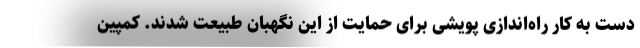
دست به کار راه‌اندازی پویشی برای حمایت از این نگهبان طبیعت شدند. کمپین